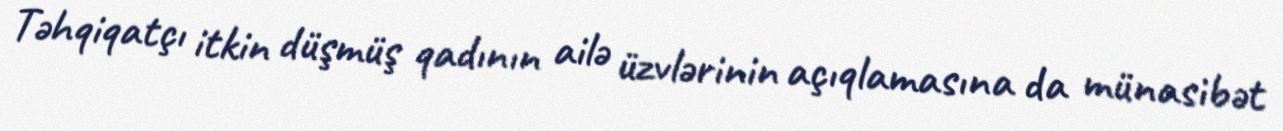
Təhqiqatçı itkin düşmüş qadının ailə üzvlərinin açıqlamasına da münasibət